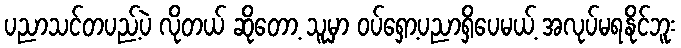
ပညာသင်တပည့်ပဲ လိုတယ် ဆိုတော့ သူမှာ ဝပ်ရှော့ပညာရှိပေမယ့် အလုပ်မရနိုင်ဘူး